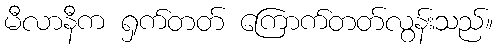
မီလာနီက ရှက်တတ် ကြောက်တတ်လွန်းသည်။